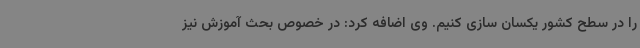
را در سطح کشور یکسان سازی کنیم. وی اضافه کرد: در خصوص بحث آموزش نیز